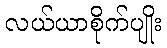
လယ်ယာစိုက်ပျိုး